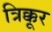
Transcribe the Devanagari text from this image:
त्रिक्कूर